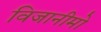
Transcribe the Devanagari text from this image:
विजानीमो